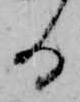
る